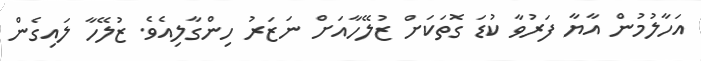
އަހާލުމުން އާޔާ ފަރުވާ ކުޑަ ގޮތަކަށް ޒުލޭހާއަށް ނަޒަރު ހިންގާލިއެވެ. ޒުލޭހާ ލައިގެން